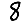
Digit: 8